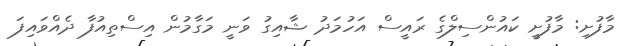
މާފުށި: މާފުށީ ކައުންސިލްގެ ރައީސް އަހުމަދު ޝާއިގު ވަނީ މަގާމުން އިސްތިއުފާ ދެއްވައިފަ